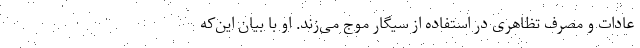
عادات و مصرف تظاهری در استفاده از سیگار موج می‌زند. او با بیان این‌که